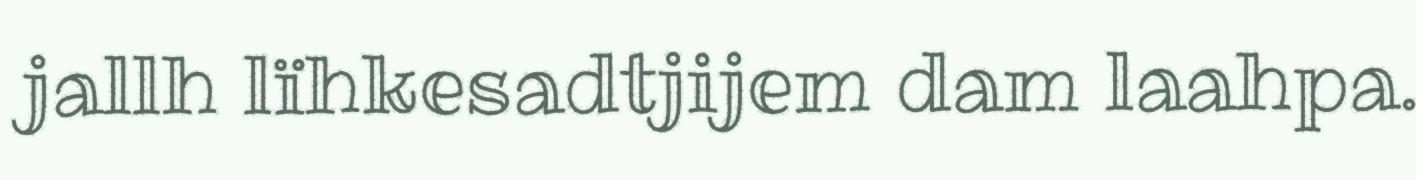
jallh lïhkesadtjijem dam laahpa.